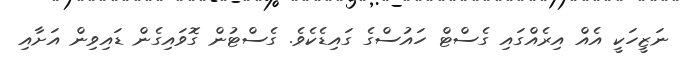
ނަޒީހަކީ އެއް އިރެއްގައި ގެސްޓް ހައުސްގެ ގައިޑެކެވެ. ގެސްޓުން ގޮވައިގެން ޑައިވިން އަށާއި